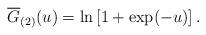
LaTeX: \begin{align*} \overline{G}_{(2)}(u)=\ln\left[1+\exp(-u)\right]. \end{align*}